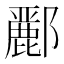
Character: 𮠑